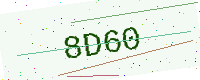
Text: 8D60